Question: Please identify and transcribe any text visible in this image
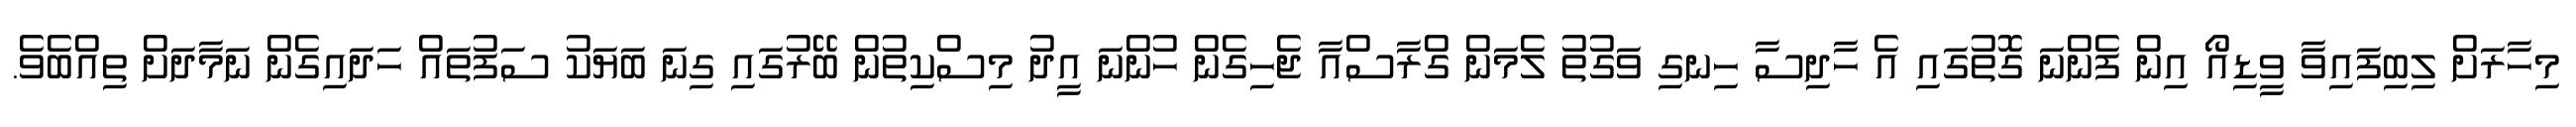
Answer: މިހާރަށް ލިބިފައިވާ ވީޑިއޯ އިން ފެންނަ ގޮތުގައި އެ ހާދިސާ ހިނގި ވަގުތު ލެމަން ގްރާސްއާ ޖެހިގެން ހުންނަ އީދު މިސްކިތުން ބޭރުގައި ގިނަ ބަޔަކު ސަފުތައް ހަދައިގެން ނަމާދަށް ތިއްބެވެ.